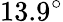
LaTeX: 13.9^{\circ}